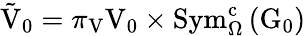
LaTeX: \tilde{\mathrm{V}}_{0}=\pi_{\mathrm{V}}\mathrm{V}_{0}\times\mathrm{Sym}_{\Omega}^{\mathrm{c}}\left(\mathrm{G}_{0}\right)